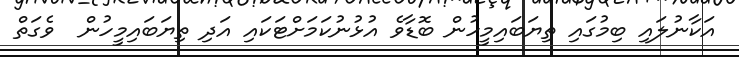
އަކާނުލައި ބިމުގައި ތިޔަބައިމީހުން ބޮޑާވެ އުޅުނުކަމަށްޓަކައި އަދި ތިޔަބައިމީހުން  ވެގަތް